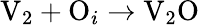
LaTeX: \mathrm{V}_{2}+\mathrm{O}_{i}\to\mathrm{V}_{2}\mathrm{O}